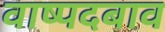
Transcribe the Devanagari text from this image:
वाष्पदबाव